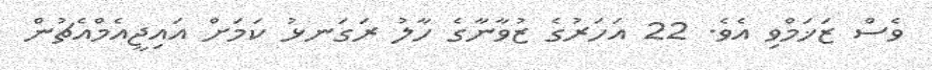
ވެސް ޒަޚަމްވި އެވެ. 22 އަހަރުގެ ޒުވާނާގެ ހާލު ރަގަނޅު ކަމަށް އައިޖީއެމްއެޗުން